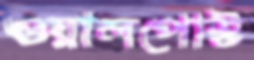
ওয়ালপোস্ট